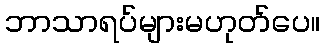
ဘာသာရပ်များမဟုတ်ပေ။